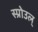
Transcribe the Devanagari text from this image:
स्प्रोउल्